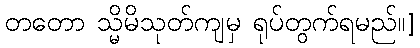
တတော သ္မိမိသုတ်ကျမှ ရုပ်တွက်ရမည်။]